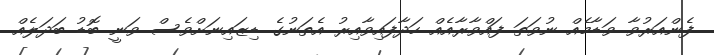
ފެންއަރުވާ ވަޑާމެއް ނުވަތަ ފައްވާރާއެއް ހަދާފައިވާއިރު އެތަނުގެ ޑިޒައިނަށްވެސް ވަނީ ބޮޑު ބަދަލެއް